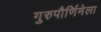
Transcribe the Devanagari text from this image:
गुरुपौर्णिमेला